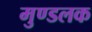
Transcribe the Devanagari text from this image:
मुण्डलक